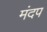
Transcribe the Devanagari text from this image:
मंदप